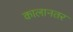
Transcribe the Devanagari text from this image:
कालानतर